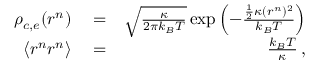
\begin{array} { r l r } { \rho _ { c , e } ( r ^ { n } ) } & { { } = } & { \sqrt { \frac { \kappa } { 2 \pi k _ { B } T } } \exp \left( - \frac { \frac { 1 } { 2 } \kappa ( r ^ { n } ) ^ { 2 } } { k _ { B } T } \right) } \\ { \langle r ^ { n } r ^ { n } \rangle } & { { } = } & { \frac { k _ { B } T } { \kappa } \, , } \end{array}